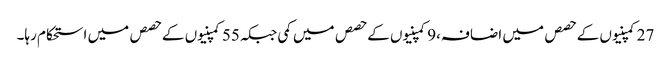
27کمپنیوں کے حصص میں اضافہ،9کمپنیوں کے حصص میں کمی جبکہ55کمپنیوں کے حصص میں استحکام رہا۔